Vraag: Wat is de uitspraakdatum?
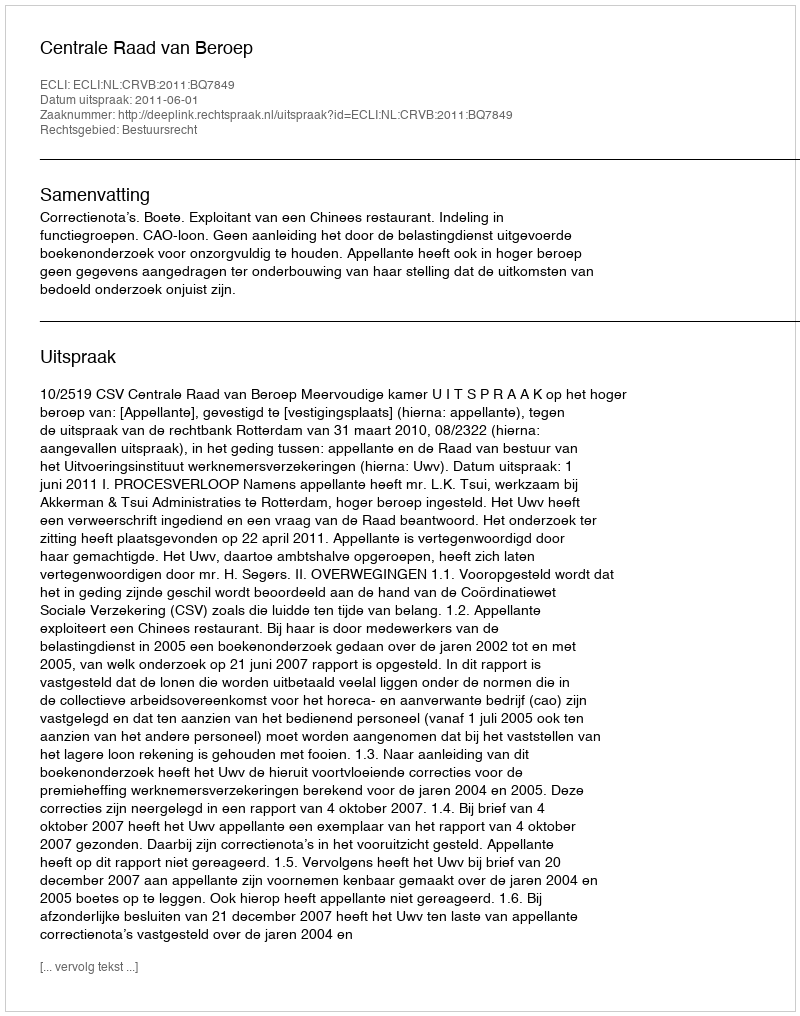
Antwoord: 2011-06-01